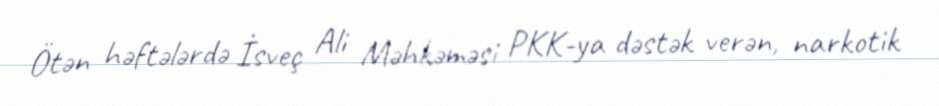
Ötən həftələrdə İsveç Ali Məhkəməsi PKK-ya dəstək verən, narkotik